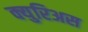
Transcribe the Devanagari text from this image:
क्युरिअस